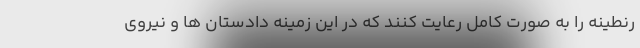
رنطینه را به صورت کامل رعایت کنند که در این زمینه دادستان ها و نیروی